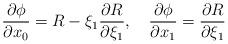
LaTeX: \begin{align*}\frac{\partial \phi}{\partial x_0}=R-\xi_1 \frac{\partial R}{\partial \xi_1},\quad \frac{\partial \phi}{\partial x_1}=\frac{\partial R}{\partial \xi_1}\end{align*}